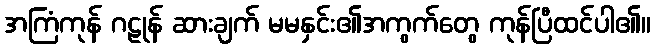
အကြံကုန် ဂဠုန် ဆားချက် မမနှင်း၏အကွက်တွေ ကုန်ပြီထင်ပါ၏။